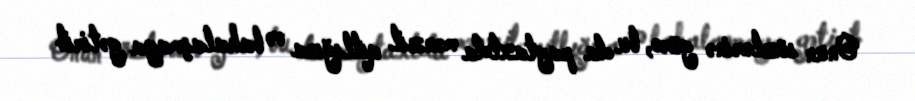
Onun sözlərinə görə, bu da paytaxtda mənzil qıtlığına və bahalaşmaya gətirib